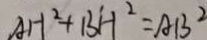
A H ^ { 2 } + B H ^ { 2 } = A B ^ { 2 }